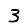
Digit: 3